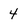
Character: 4